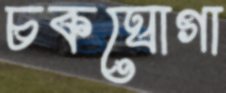
চকঘোগা